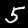
Label: 5